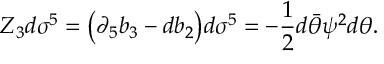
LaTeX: Z _ { 3 } d \sigma ^ { 5 } = \big ( \partial _ { 5 } b _ { 3 } - d b _ { 2 } \big ) d \sigma ^ { 5 } = - { \frac { 1 } { 2 } } d \bar { \theta } \psi ^ { 2 } d \theta .